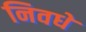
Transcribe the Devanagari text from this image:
निवधे